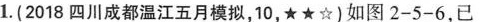
1.(2018四川成都温江五月模拟，10，★★☆)如图2-5-6，已